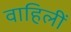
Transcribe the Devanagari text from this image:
वाहिलीं